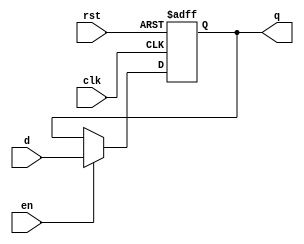
`timescale 1ns / 1ps
//////////////////////////////////////////////////////////////////////////////////
// Company: 
// Engineer: 
// 
// Design Name: 
// Module Name:    FFD 
// Project Name: 
// Target Devices: 
// Tool versions: 
// Description: 
//
// Dependencies: 
//
// Revision: 
// Revision 0.01 - File Created
// Additional Comments: 
//
//////////////////////////////////////////////////////////////////////////////////
module FFD_en(
     q,
     clk,
     rst,
     d,
     en);
	 
	output q;    
	input clk;
   input rst;
	input d;
   input      en;
	
	reg q;
	 

always @(posedge rst, posedge clk) begin
	if(rst==1'b1)
		  q <= 0;
	else begin
	   if(en == 1'b1)
		  q <= d;
	end
end

endmodule